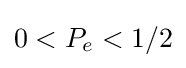
0<P_{e}<1/2